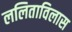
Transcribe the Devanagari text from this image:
ललिताविलास